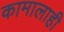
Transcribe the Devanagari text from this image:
कामालाही